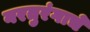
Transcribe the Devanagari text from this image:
नरतुरंगाचे